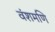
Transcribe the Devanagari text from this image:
वंशमणि